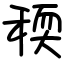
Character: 稬